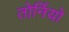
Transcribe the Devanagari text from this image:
तोर्नियो